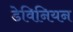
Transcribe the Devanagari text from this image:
डेविनियन